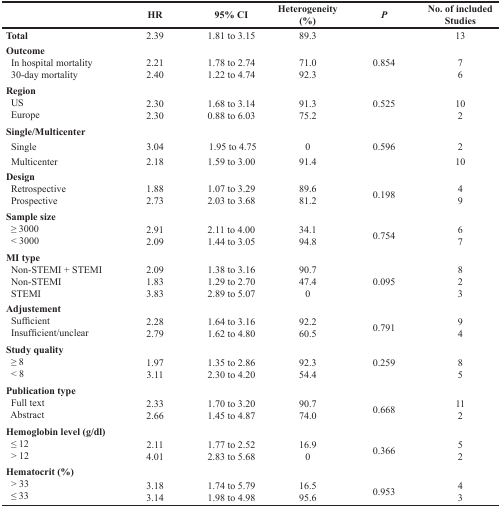
<table><thead><tr><td></td><td><b>HR</b></td><td><b>95% CI</b></td><td><b>Heterogeneity (%)</b></td><td><b><i>P</i></b></td><td><b>No. of included Studies</b></td></tr></thead><tbody><tr><td><b>Total</b></td><td>2.39</td><td>1.81 to 3.15</td><td>89.3</td><td></td><td>13</td></tr><tr><td><b>Outcome</b></td><td></td><td></td><td></td><td></td><td></td></tr><tr><td> In hospital mortality</td><td>2.21</td><td>1.78 to 2.74</td><td>71.0</td><td>0.854</td><td>7</td></tr><tr><td> 30-day mortality</td><td>2.40</td><td>1.22 to 4.74</td><td>92.3</td><td></td><td>6</td></tr><tr><td><b>Region</b></td><td></td><td></td><td></td><td></td><td></td></tr><tr><td> US</td><td>2.30</td><td>1.68 to 3.14</td><td>91.3</td><td>0.525</td><td>10</td></tr><tr><td> Europe</td><td>2.30</td><td>0.88 to 6.03</td><td>75.2</td><td></td><td>2</td></tr><tr><td><b>Single/Multicenter</b></td><td></td><td></td><td></td><td></td><td></td></tr><tr><td> Single</td><td>3.04</td><td>1.95 to 4.75</td><td>0</td><td>0.596</td><td>2</td></tr><tr><td> Multicenter</td><td>2.18</td><td>1.59 to 3.00</td><td>91.4</td><td></td><td>10</td></tr><tr><td><b>Design</b></td><td></td><td></td><td></td><td></td><td></td></tr><tr><td> Retrospective</td><td>1.88</td><td>1.07 to 3.29</td><td>89.6</td><td rowspan="2">0.198</td><td>4</td></tr><tr><td> Prospective</td><td>2.73</td><td>2.03 to 3.68</td><td>81.2</td><td>9</td></tr><tr><td><b>Sample size</b></td><td></td><td></td><td></td><td></td><td></td></tr><tr><td> ≥ 3000</td><td>2.91</td><td>2.11 to 4.00</td><td>34.1</td><td rowspan="2">0.754</td><td>6</td></tr><tr><td> &lt; 3000</td><td>2.09</td><td>1.44 to 3.05</td><td>94.8</td><td>7</td></tr><tr><td><b>MI type</b></td><td></td><td></td><td></td><td></td><td></td></tr><tr><td> Non-STEMI + STEMI</td><td>2.09</td><td>1.38 to 3.16</td><td>90.7</td><td rowspan="3">0.095</td><td>8</td></tr><tr><td> Non-STEMI</td><td>1.83</td><td>1.29 to 2.70</td><td>47.4</td><td>2</td></tr><tr><td> STEMI</td><td>3.83</td><td>2.89 to 5.07</td><td>0</td><td>3</td></tr><tr><td><b>Adjustement</b></td><td></td><td></td><td></td><td></td><td></td></tr><tr><td> Sufficient</td><td>2.28</td><td>1.64 to 3.16</td><td>92.2</td><td rowspan="2">0.791</td><td>9</td></tr><tr><td> Insufficient/unclear</td><td>2.79</td><td>1.62 to 4.80</td><td>60.5</td><td>4</td></tr><tr><td><b>Study quality</b></td><td></td><td></td><td></td><td></td><td></td></tr><tr><td> ≥ 8</td><td>1.97</td><td>1.35 to 2.86</td><td>92.3</td><td>0.259</td><td>8</td></tr><tr><td> &lt; 8</td><td>3.11</td><td>2.30 to 4.20</td><td>54.4</td><td></td><td>5</td></tr><tr><td><b>Publication type</b></td><td></td><td></td><td></td><td></td><td></td></tr><tr><td> Full text</td><td>2.33</td><td>1.70 to 3.20</td><td>90.7</td><td rowspan="2">0.668</td><td>11</td></tr><tr><td> Abstract</td><td>2.66</td><td>1.45 to 4.87</td><td>74.0</td><td>2</td></tr><tr><td><b>Hemoglobin level (g/dl)</b></td><td></td><td></td><td></td><td></td><td></td></tr><tr><td> ≤ 12</td><td>2.11</td><td>1.77 to 2.52</td><td>16.9</td><td rowspan="2">0.366</td><td>5</td></tr><tr><td> &gt; 12</td><td>4.01</td><td>2.83 to 5.68</td><td>0</td><td>2</td></tr><tr><td><b>Hematocrit (%)</b></td><td></td><td></td><td></td><td></td><td></td></tr><tr><td> &gt; 33</td><td>3.18</td><td>1.74 to 5.79</td><td>16.5</td><td rowspan="2">0.953</td><td>4</td></tr><tr><td> ≤ 33</td><td>3.14</td><td>1.98 to 4.98</td><td>95.6</td><td>3</td></tr></tbody></table>